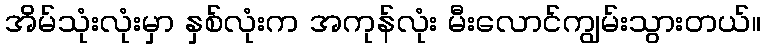
အိမ်သုံးလုံးမှာ နှစ်လုံးက အကုန်လုံး မီးလောင်ကျွမ်းသွားတယ်။